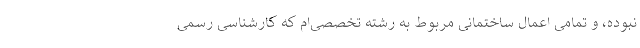
نبوده، و تمامی اعمال ساختمانی مربوط به رشته تخصصی‌ام که کارشناسی رسمی